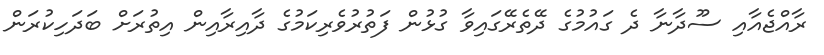
ރާއްޖެއާއި ސޫދާނާ ދެ ގައުމުގެ ދޭތެރޭގައިވާ ގުޅުން ފަތުރުވެރިކަމުގެ ދާއިރާއިން އިތުރަށް ބަދަހިކުރަން